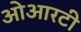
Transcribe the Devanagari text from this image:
ओआरटी